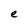
Character: e